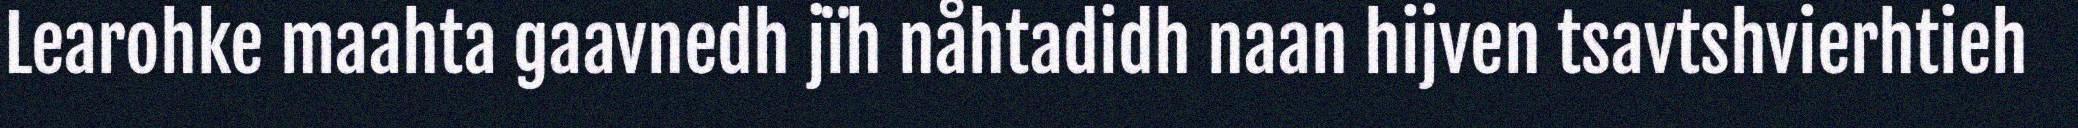
Learohke maahta gaavnedh jïh nåhtadidh naan hijven tsavtshvierhtieh